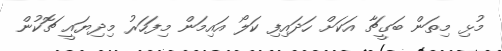
މުޅި މިތަން ބަގީޗާ އަކަށް ހަދައިފި ކަލޯ އައިމަން މިފަހަރު މިދިޔައީ ޗޮކުން